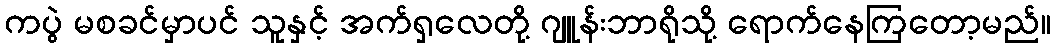
ကပွဲ မစခင်မှာပင် သူနှင့် အက်ရှလေတို့ ဂျူန်းဘာရိုသို့ ရောက်နေကြတော့မည်။